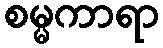
စမ္မကာရာ